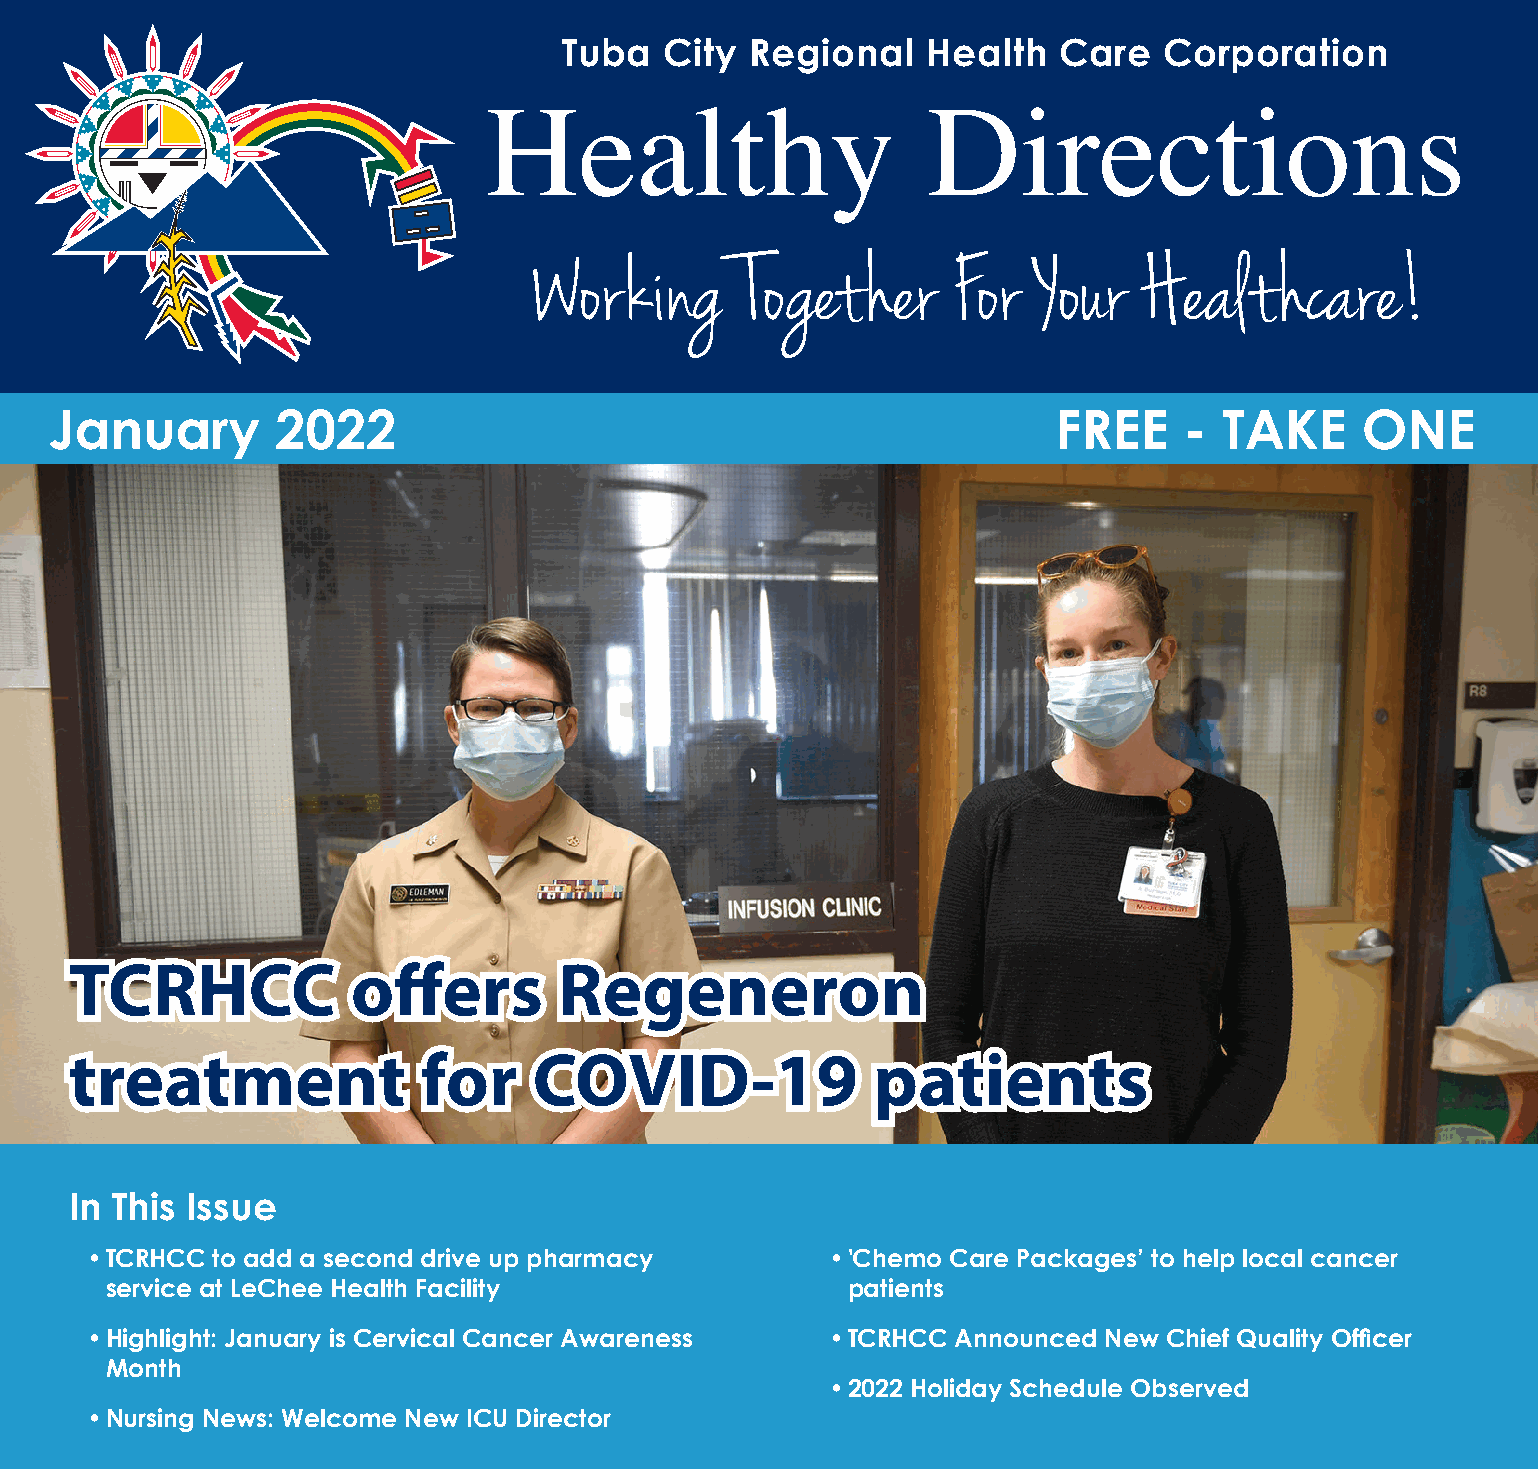
Tuba   City  Regional   Health   Care   Corporation
 www.tchealth.org                                                    Tuba City Regional Health Care Corporation
 Healthy                      Directions
 January        2022                                                FREE    -  TAKE     ONE
 TTCCRRHHCCCC      ooffffeerrss  RReeggeenneerroonn
 ttrreeaattmmeenntt     ffoorr CCOOVVIIDD--1199       ppaattiieennttss
 In This Issue
 • TCRHCC to add a second drive up pharmacy       • 'Chemo Care Packages’ to help local cancer
 service at LeChee Health Facility                patients
 • Highlight: January is Cervical Cancer Awareness • TCRHCC Announced New Chief Quality Officer
 Month
 • 2022 Holiday Schedule Observed
 • Nursing News: Welcome New ICU Director
 Page 1